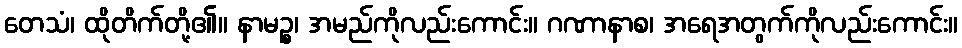
တေသံ၊ ထိုတိက်တို့၏။ နာမဉ္စ၊ အမည်ကိုလည်းကောင်း။ ဂဏာနာစ၊ အရေအတွက်ကိုလည်းကောင်း။